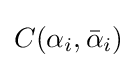
C(\alpha _{i},{\bar {\alpha }}_{i})